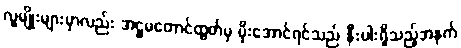
လူမျိုးများမှာလည်း အဋ္ဌမတောင်ထွတ်မှ မိုးအောင်ရင်သည် နီးပါးရှိသည့်အနက်